Annual statistical returns and brief notes on vaccination in Bengal - 1887-1898
Year: 1887
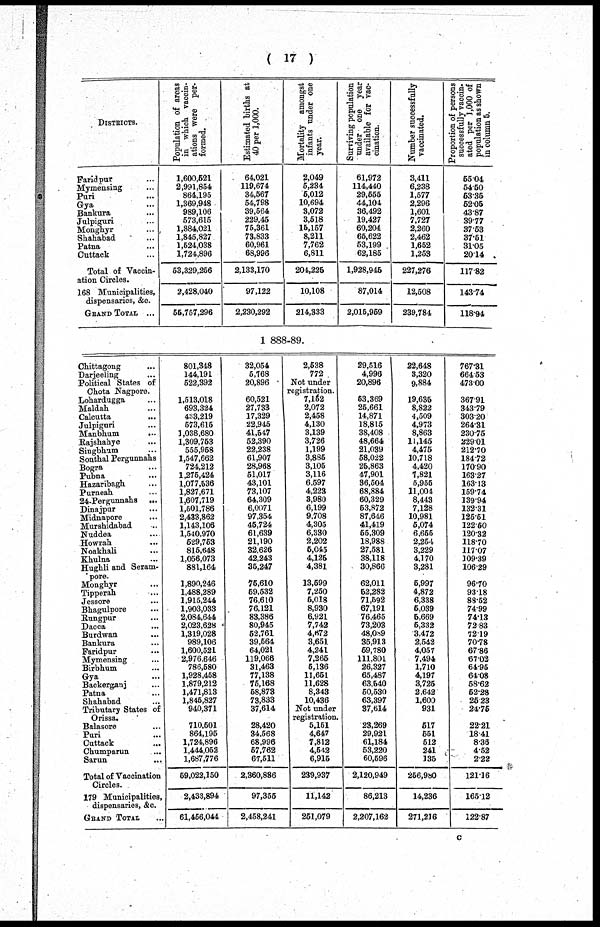
( 17 )
DISTRICTS.
Faridpur ...
Mymensing ...
Pari ...
Gya ...
Bankura ...
Julpiguri ...
Monghyr ...
Shahabad ...
Patna ...
Cuttack ...
Total of Vaccin-
ation Circles.
168 Municipalities,
dispensaries, &c.
GRAND TOTAL ...
Population of areas
in which vaccin-
ations were per-
formed.
1,600,521
2,991,854
864,195
1,369,948
989,106
573,615
1,884,021
1,845,827
1,524,038
1,724,896
53,329,256
2,428,040
55,757,296
Estimated births at
40 per 1,000.
64,021
119,674
34,567
54,798
39,564
229,45
75,361
73,833
60,961
68,996
2,133,170
97,122
2,230,292
Mortality amongst
infants under one
year.
2,049
5,234
5,012
10,694
3,072
3,518
15,157
8,211
7,762
6,811
204,225
10,108
214,333
Surviving population
under one year
available for vac-
cination.
61,972
114,440
29,555
44,104
36,492
19,427
60,204
65,622
53,199
62,185
1,928,945
87,014
2,015,959
Number successfully
vaccinated.
3,411
6,238
1,577
2,296
1,601
7,727
2,260
2,462
1,652
1,253
227,276
12,508
239,784
Proportion of persons
successfully vaccin-
ated per 1,000 of
population as shown
in column 5.
55.04
54.50
53.35
52.05
43.87
39.77
37.53
37.51
31.05
20.14
117.82
143.74
118.94
1888-89.
Chittagong ...
Darjeeling ...
Political States of
Chota Nagpore.
Lohardugga ...
Maldah ...
Calcutta
...
Julpiguri ...
Manbhum
...
Rajshahye ...
Singbhum ...
Sonthal Pergunnahs
Bogra ...
Pubna ...
Hazaribagh ...
Purneah ...
24-Pergunnahs
...
Dinajpur ...
Midnapore
...
Murshidabad ...
Nuddea ...
Howrah ...
Noakhali ...
Khulna ...
Hughli and Seram-
pore.
Monghyr ...
Tipperah ...
Jessore ...
Bhagulpore ...
Rungpur ...
Dacca ...
Burdwan ...
Bankura ...
Faridpur ...
Mymensing ...
Birbhum ...
Gya ...
Backerganj ...
Patna ...
Shahabad ...
Tributary States of
Orissa.
Balasore ...
Puri ...
Cuttack ...
Chumparun ...
Sarun
...
Total of Vaccination
Circles.
179 Municipalities,
dispensaries, &c.
GRAND TOTAL ...
801,348
144,191
522,392
1,513,018
693,324
433,219
573,615
1,038,680
1,309,753
555,958
1,547,662
724,212
1,275,424
1,077,536
1,827,671
1,607,719
1,501,786
2,433,862
1,143,106
1,540,970
529,753
815,648
1,056,073
881,164
1,890,246
1,488,289
1,915,244
1,903,033
2,084,644
2,023,628
1,319,028
989,106
1,600,521
2,976,646
786,580
1,928,458
1,879,212
1,471,813
1,845,827
940,371
710,501
864,195
1,724,896
1,444,052
1,687,776
59,022,150
2,433,894
61,456,044
32,054
5,768
20,896
60,521
27,733
17,329
22,945
41,547
52,390
22,238
61,907
28,968
51,017
43,101
73,107
64,309
6,0071
97,354
45,724
61,639
21,190
32,626
42,243
35,247
75,610
59,532
76,610
76,121
83,386
80,945
52,761
39,564
64,021
119,066
31,463
77,138
75,168
58,873
73,833
37,614
28,420
34,568
68,996
57,762
67,511
2,360,886
97,355
2,458,241
2,538
772
Not under
registration.
7,152
2,072
2,458
4,130
3,139
3,726
1,199
3,885
3,105
3,116
6,597
4,223
3,980
6,199
9,708
4,305
6,330
2,202
5,045
4,125
4,381
13,599
7,250
5,018
8,930
6,921
7,742
4,672
3,651
4,241
7,265
5,136
11,651
11,628
8,343
10,436
Not under
registration.
5,151
4,647
7,812
4,642
6,915
239,937
11,142
251,079
29,516
4,996
20,896
53,369
25,661
14,871
18,815
38,408
48,664
21,039
58,022
25,863
47,901
36,504
68,884
60,329
53,872
87,646
41,419
55,309
18,988
27,581
38,118
30,866
62,011
52,282
71,592
67,191
76,465
73,203
48,089
35,913
59,780
111,801
26,327
65,487
63,540
50,530
63,397
37,614
23,269
29,921
61,184
53,220
60,596
2,120,949
86,213
2,207,162
22,648
3,320
9,884
19,635
8,822
4,509
4,973
8,863
11,145
4,475
10,718
4,420
7,821
5,955
11,004
8,443
7,128
10,981
5,074
6,655
2,254
3,229
4,170
3,281
5,997
4,872
6,338
5,039
5,669
5,332
3,472
2,542
4,057
7,494
1,710
4,197
3,725
2,642
1,600
931
517
551
512
241
135
256,980
14,236
271,216
767.31
664.53
473.00
367.91
343.79
303.20
264.31
230.75
229.01
212.70
184.72
170.90
163.27
163.13
159.74
139.94
132.31
125.51
122.50
120.32
118.70
117.07
109.39
106.29
96.70
93.18
88.52
74.99
74.13
72.83
72.19
70.78
67.86
67.02
64.95
64.08
58.62
52.28
25.23
24.75
22.21
18.41
8.36
4.52
2.22
121.16
165.12
122.87
c